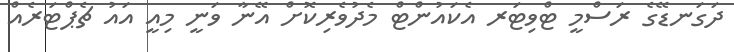
ދަގަނޑޭގެ ރަސްމީ ޓްވިޓަރ އެކައުންޓް މެދުވެރިކޮށް އޭނާ ވަނީ މިއީ އައު ޗެޕްޓަރެއް